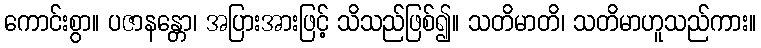
ကောင်းစွာ။ ပဇာနန္တော၊ အပြားအားဖြင့် သိသည်ဖြစ်၍။ သတိမာတိ၊ သတိမာဟူသည်ကား။